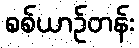
စစ်ယာဉ်တန်း